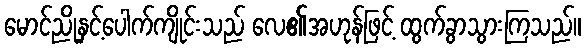
မောင်ညိုနှင့်ပေါက်ကျိုင်းသည် လေ၏အဟုန်ဖြင့် ထွက်ခွာသွားကြသည်။